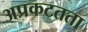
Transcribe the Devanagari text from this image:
अप्रकटतता